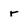
Character: r